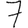
Digit: 7